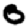
Digit: 0